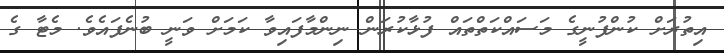
އިތުރަށް ކުންފުނީގެ މަސައްކަތްތައް ފުޅާކުރަން ނިންމާފައިވާ ކަމަށް ވަނީ ބުނެފައެވެ. މެޓާ ގެ